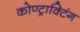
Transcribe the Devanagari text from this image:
कोण्ट्राक्टिंग